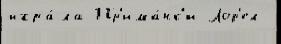
игра́ла Пр'има́нк'и Лор'ел